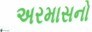
અરમાસનો